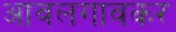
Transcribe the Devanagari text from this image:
आवलगावकर